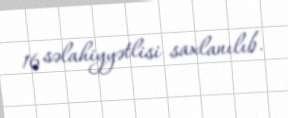
16 səlahiyyətlisi saxlanılıb.